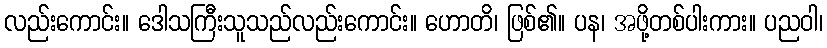
လည်းကောင်း။ ဒေါသကြီးသူသည်လည်းကောင်း။ ဟောတိ၊ ဖြစ်၏။ ပန၊ အဖို့တစ်ပါးကား။ ပညဝါ၊